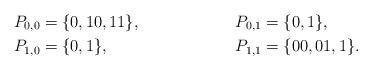
LaTeX: \begin{align*}P_{0, 0} &= \{0, 10, 11\}, & P_{0, 1} &= \{0, 1\}, \\P_{1, 0} &= \{0, 1\}, & P_{1, 1} &= \{00, 01, 1\}.\end{align*}